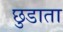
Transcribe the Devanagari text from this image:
छुडाता